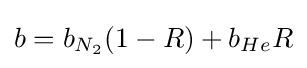
b=b_{N_{2}}(1-R)+b_{He}R